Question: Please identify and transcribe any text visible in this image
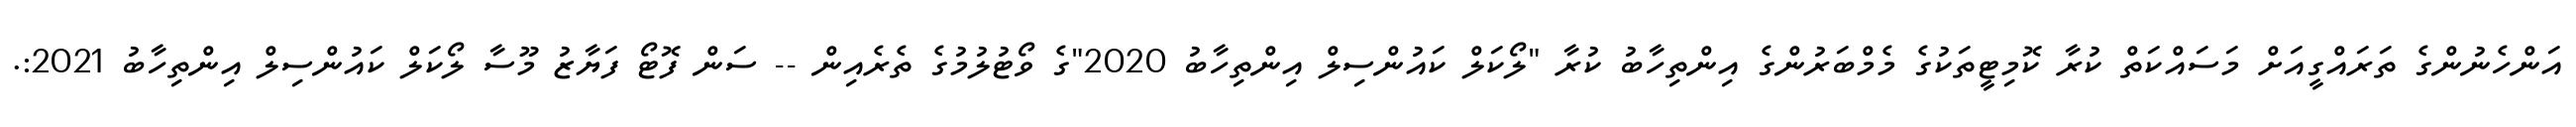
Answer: އަންހެނުންގެ ތަރައްގީއަށް މަސައްކަތް ކުރާ ކޮމިޓީތަކުގެ މެމްބަރުންގެ އިންތިހާބު ކުރާ "ލޯކަލް ކައުންސިލް އިންތިހާބު 2020"ގެ ވޯޓުލުމުގެ ތެރެއިން -- ސަން ފޮޓޯ ފަޔާޒު މޫސާ ލޯކަލް ކައުންސިލް އިންތިހާބު 2021:.